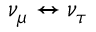
\nu _ { \mu } \leftrightarrow \nu _ { \tau }